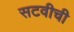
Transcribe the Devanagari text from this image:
सटवीची